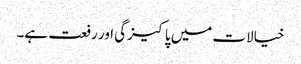
خیالات میں پاکیزگی اور رفعت ہے۔